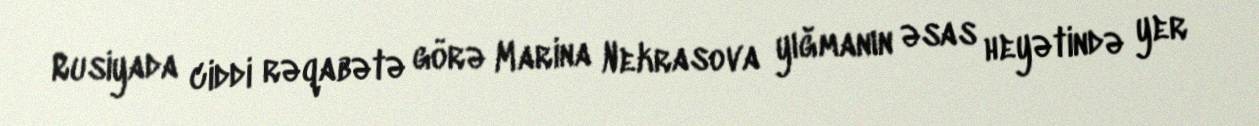
Rusiyada ciddi rəqabətə görə Marina Nekrasova yığmanın əsas heyətində yer